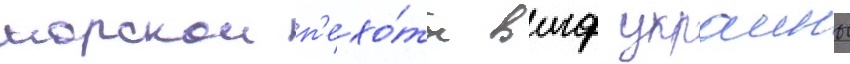
морскои п'ехо́ты вмф украины